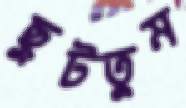
ছুটতুম